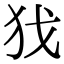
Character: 𢦖